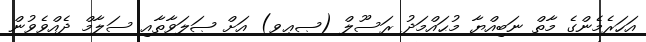
އަހަރެމެންގެ މާތް ނަބިއްޔާ މުޙައްމަދު ރަސޫލް (ޞޢވ) އަށް ޞަލަވާތާއި ސަލާމް ދެއްވެވުން